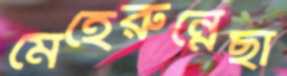
মেহেরুন্নেছা